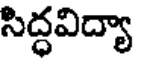
సిద్ధవిద్యా